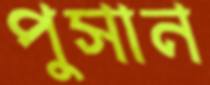
পুসান